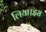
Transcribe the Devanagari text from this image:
लिया।इस